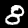
Label: 8